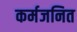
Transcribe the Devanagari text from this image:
कर्मजनित